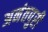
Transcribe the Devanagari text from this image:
अनंतपुरी